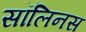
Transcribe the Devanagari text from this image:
सॉलिनस